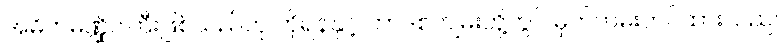
အဓိကမဏ္ဍိုင်ကြီးဖြစ်သည်ဟု ကိုရန်နှင့် ဟာဒစ်ကျမ်းတို့တွင် မှတ်တမ်းတင်ထားသည်။